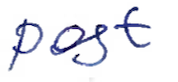
Text: post
Cross-out: clean
Writing tool: ballpoint